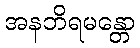
အနဘိရမန္တော